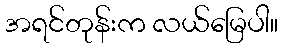
အရင်တုန်းက လယ်မြေပါ။